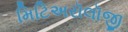
મિટિઅરૉલૉજી